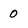
Character: 0